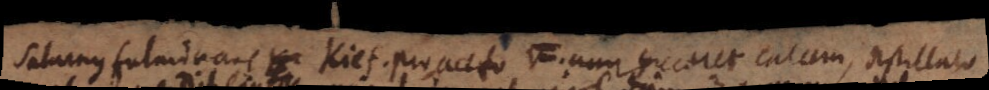
Saturnus fulminans Kief. pro aceto, siccaret calcem, distillato